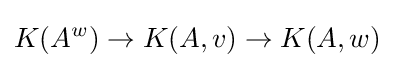
K(A^{w})\to K(A,v)\to K(A,w)